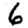
Digit: 6